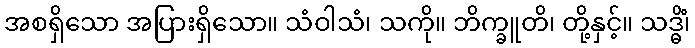
အစရှိသော အပြားရှိသော။ သံဝါသံ၊ သကို။ ဘိက္ခူတိ၊ တို့နှင့်။ သဒ္ဓိံ၊